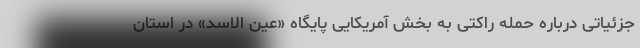
جزئیاتی درباره حمله راکتی به بخش آمریکایی پایگاه «عین الاسد»‌ در استان